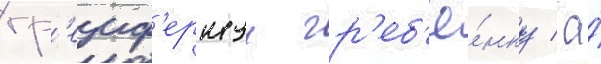
гр'еиф'ернуу гр'еб'ё́нку / а́